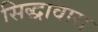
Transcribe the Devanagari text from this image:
सिद्धावास